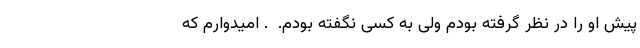
پیش او را در نظر گرفته بودم ولی به کسی نگفته بودم.  . امیدوارم که